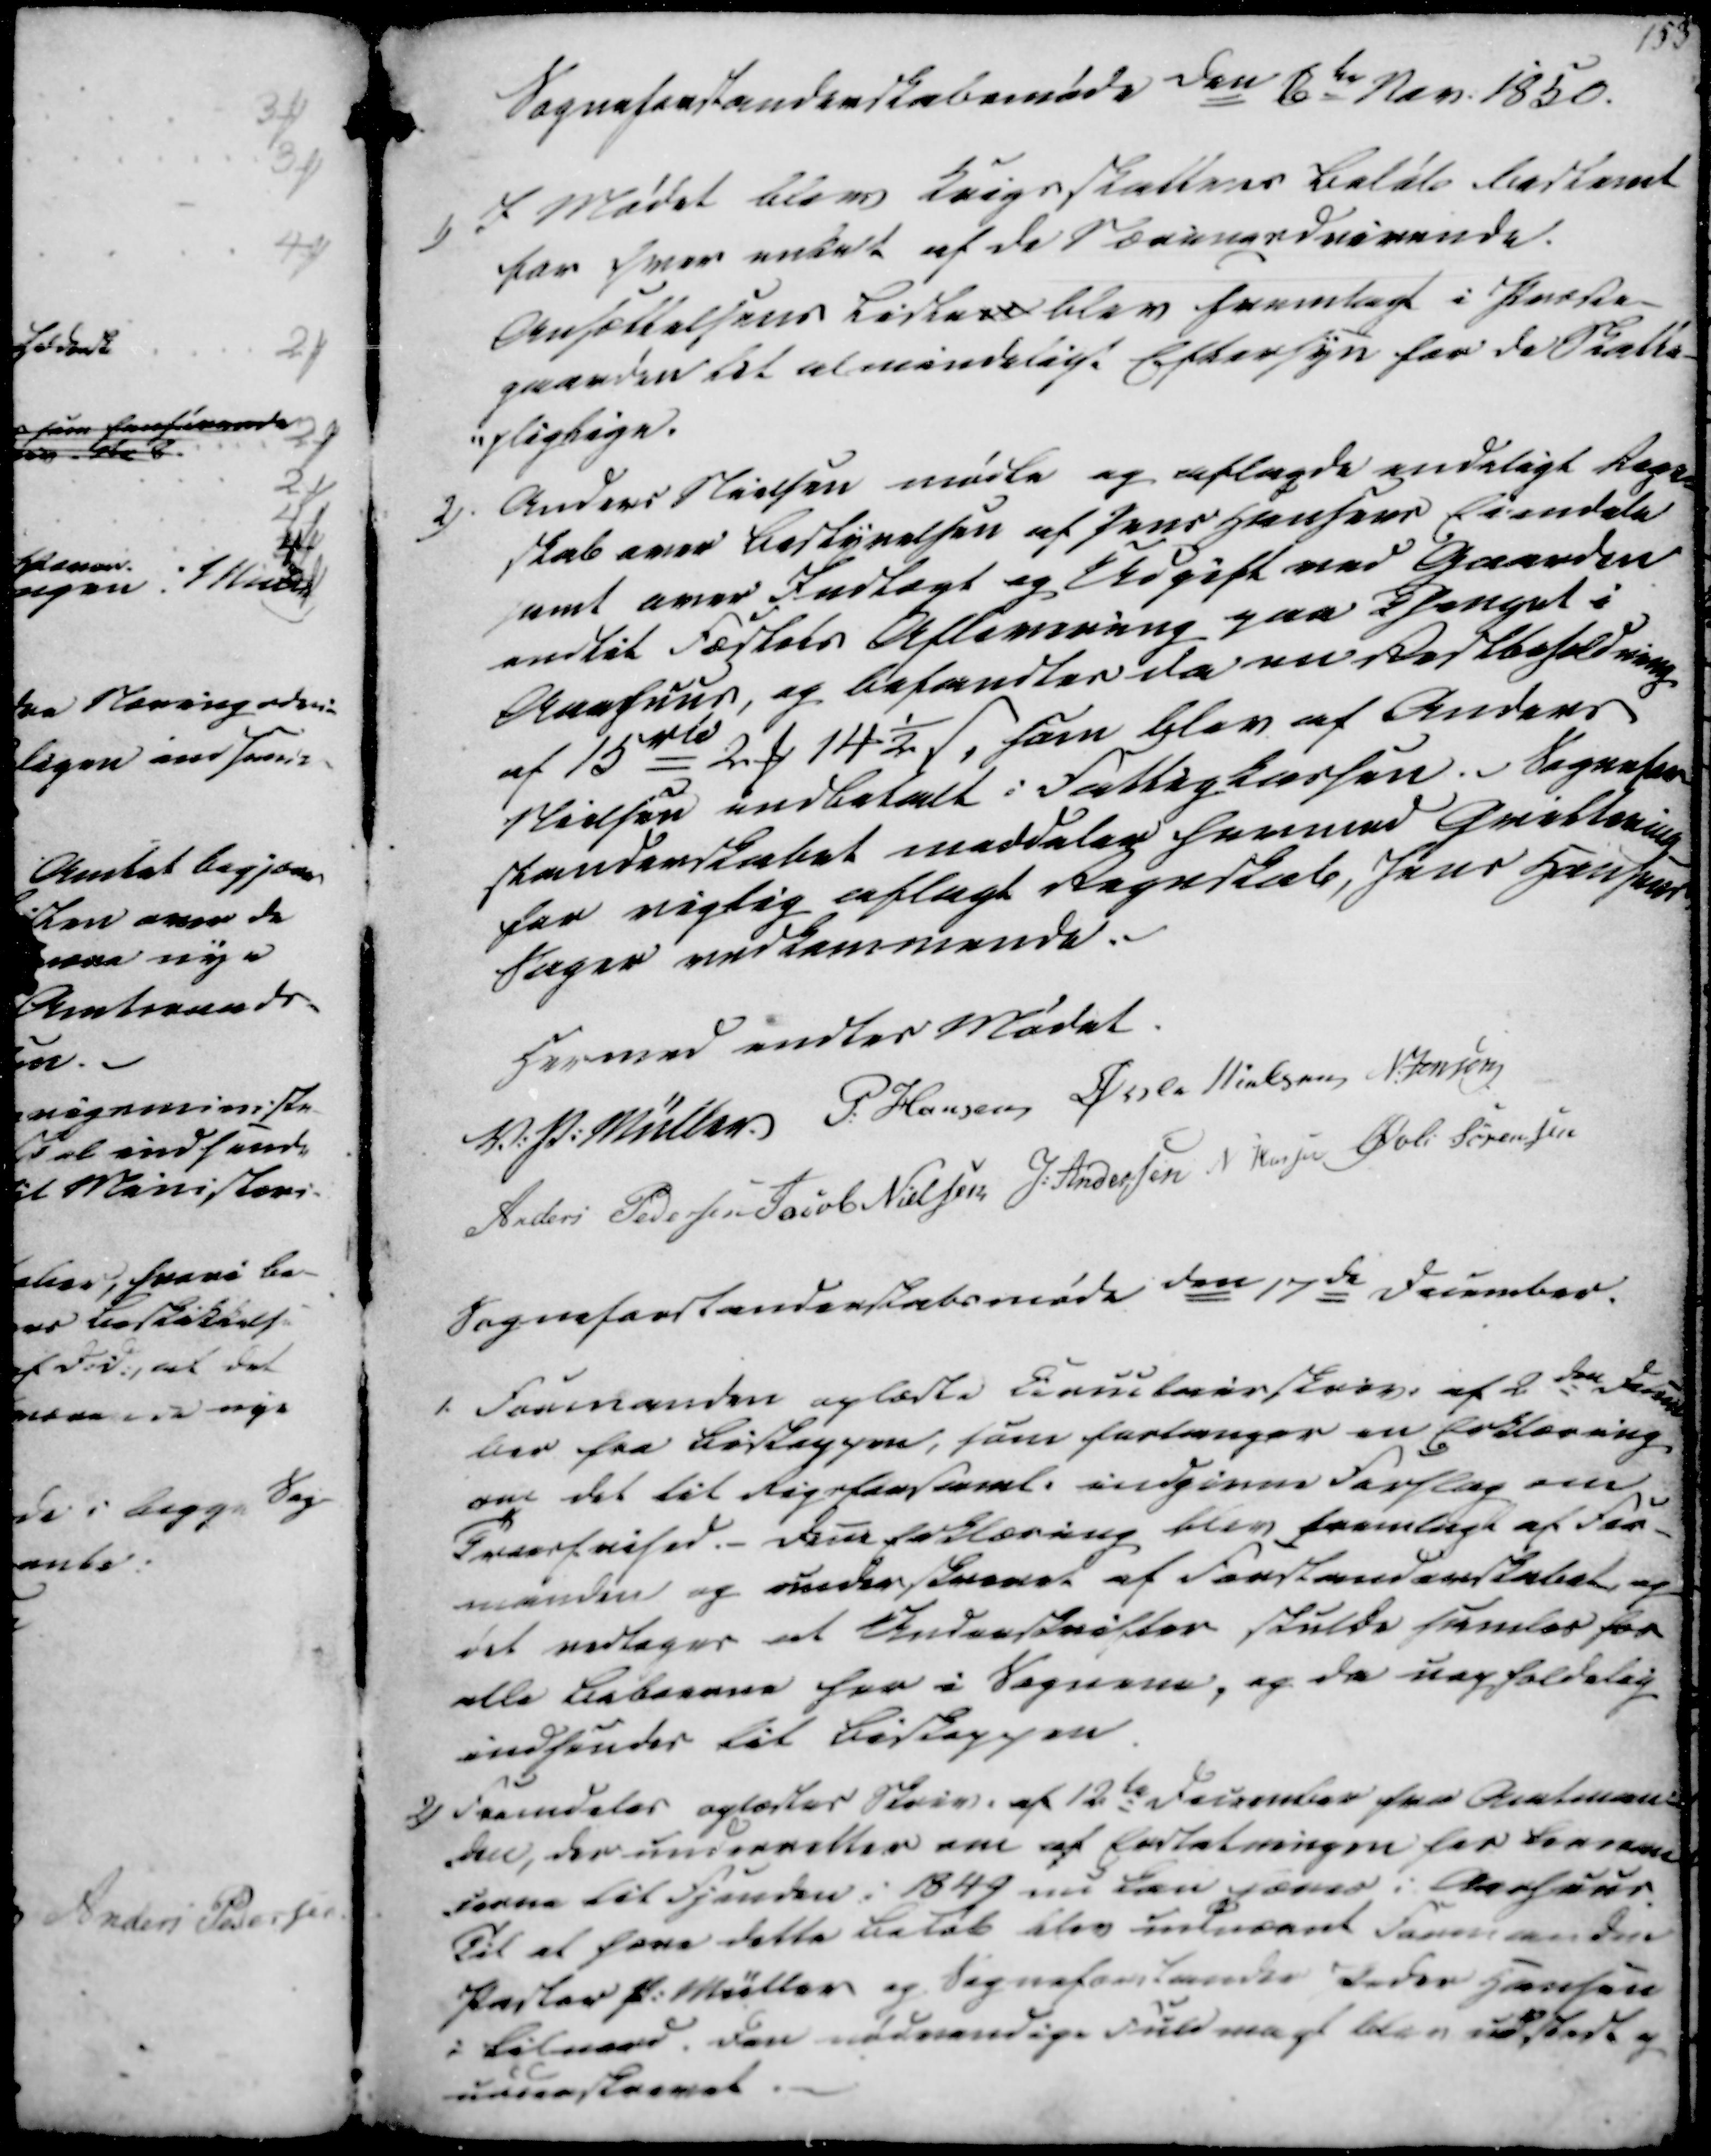
Transskription:
Sogneforstanderskabsmøde den 6te Nov. 1850.
1) I Mødet blev Krigsskattens Beløb bestemt
for hver enkelt af de Næringedvirende.
Ansættelsens Listen blev fremlagt i Præste-
gaarden til almindeligt Eftersyn for de Skatte-
-pligtige.
2). Anders Nielsen mødte og aflagde endeligt Regn
skab over Bestyrelsen af Jens Hansens Eiendele
samt over Indtægt og Udgift ved Gaarden
endtil Fæstets Aflevering paa Thenget i
Aarhuus, og befandtes da en Restbeholdning
af 15 rd 2 ₻ 14½ ẞ, som blev af Anders
Nielsen indbetalt i Fattigkassen. Sognefor-
standerskabet meddeles hermed Qvittering
for rigtig aflagt Regnskab, Jens Hansens
Sager vedkommende.

hermed endtes Mødet.
V. P. Müller.
P. Hansen
Øvle Nielsen
N Jensen
Anders Pedersen
Jacob Nielsen
J. Andersen
N Hansen
Øvli Sørensen

Sogneforstanderskabsmøde den 17de December.
1. Formanden oplæste Circulairskriv. af 2den Decem
ber fra Biskoppen, som forlanger en Erklæring,
om det til Rigsforsaml. indgivne Forslag om
Trosfrihed. - Den Erklæring blev fremlagt af For-
manden og underskrevet af Forstanderskabet og
det vedtages at Underskrifter skulde samles for
alle Beboerne her i Sognene, og da uopholdelig
indsendes til Biskoppen.
2) Fremdeles oplæstes Skriv. af 12te December fra Amtman-
-den, der underretter om at Erstatningen for Leveame
derne til Fjenden i 1849 nu kan hæves i Aarhuus.
Til at hæve dette Beløb blev udnævnt Formanden
Pastor P. Müller og Sogneforstander Peder Hansen
i Lilnord. Den nødvendige Fuldmagt blev udstedt og
underskrevet